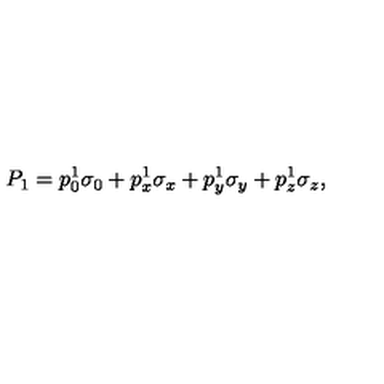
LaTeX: P _ { 1 } = p _ { 0 } ^ { 1 } \sigma _ { 0 } + p _ { x } ^ { 1 } \sigma _ { x } + p _ { y } ^ { 1 } \sigma _ { y } + p _ { z } ^ { 1 } \sigma _ { z } ,